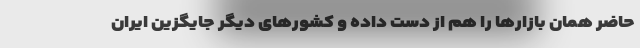
حاضر همان بازار‌ها را هم از دست داده و کشور‌های دیگر جایگزین ایران